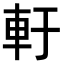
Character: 𨊱